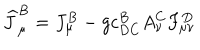
\widehat { J } _ { \mu } ^ { B } = J _ { \mu } ^ { B } - g c _ { D C } ^ { B } A _ { \nu } ^ { C } F _ { \mu \nu } ^ { D }